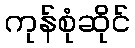
ကုန်စုံဆိုင်